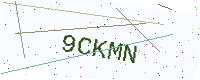
Text: 9CKMN